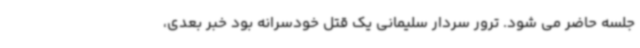
جلسه حاضر می شود. ترور سردار سلیمانی یک قتل خودسرانه بود خبر بعدی،